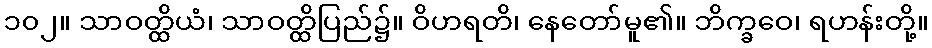
၁၀၂။ သာဝတ္ထိယံ၊ သာဝတ္ထိပြည်၌။ ဝိဟရတိ၊ နေတော်မူ၏။ ဘိက္ခဝေ၊ ရဟန်းတို့။